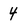
Character: 4